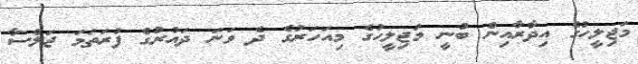
މަޖިލީހުގެ އިދާރާއިން ބުނީ މަޖިލީހުގެ މިއަހަރުގެ ދެ ވަނަ ދައުރުގެ ފުރަތަމަ ޖަލްސާ